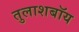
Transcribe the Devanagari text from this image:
तुलाशबॉय